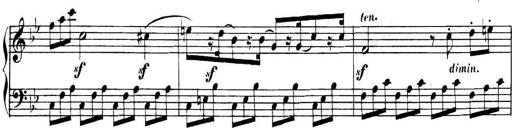
Title: Collected Piano Sonatas
Composer: Muzio Clementi